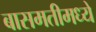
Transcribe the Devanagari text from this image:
बासमतीमध्ये